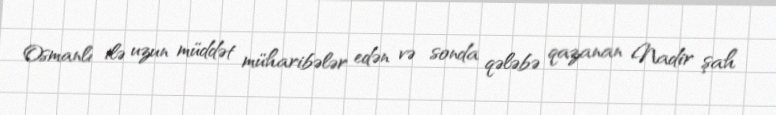
Osmanlı ilə uzun müddət müharibələr edən və sonda qələbə qazanan Nadir şah